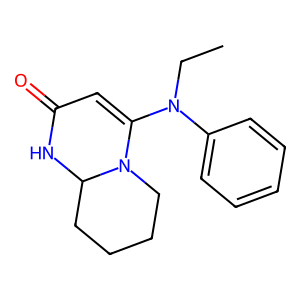
SMILES: CCN(C1=CC(=O)NC2CCCCN12)c1ccccc1
Inhibits HIV replication: No